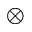
\otimes